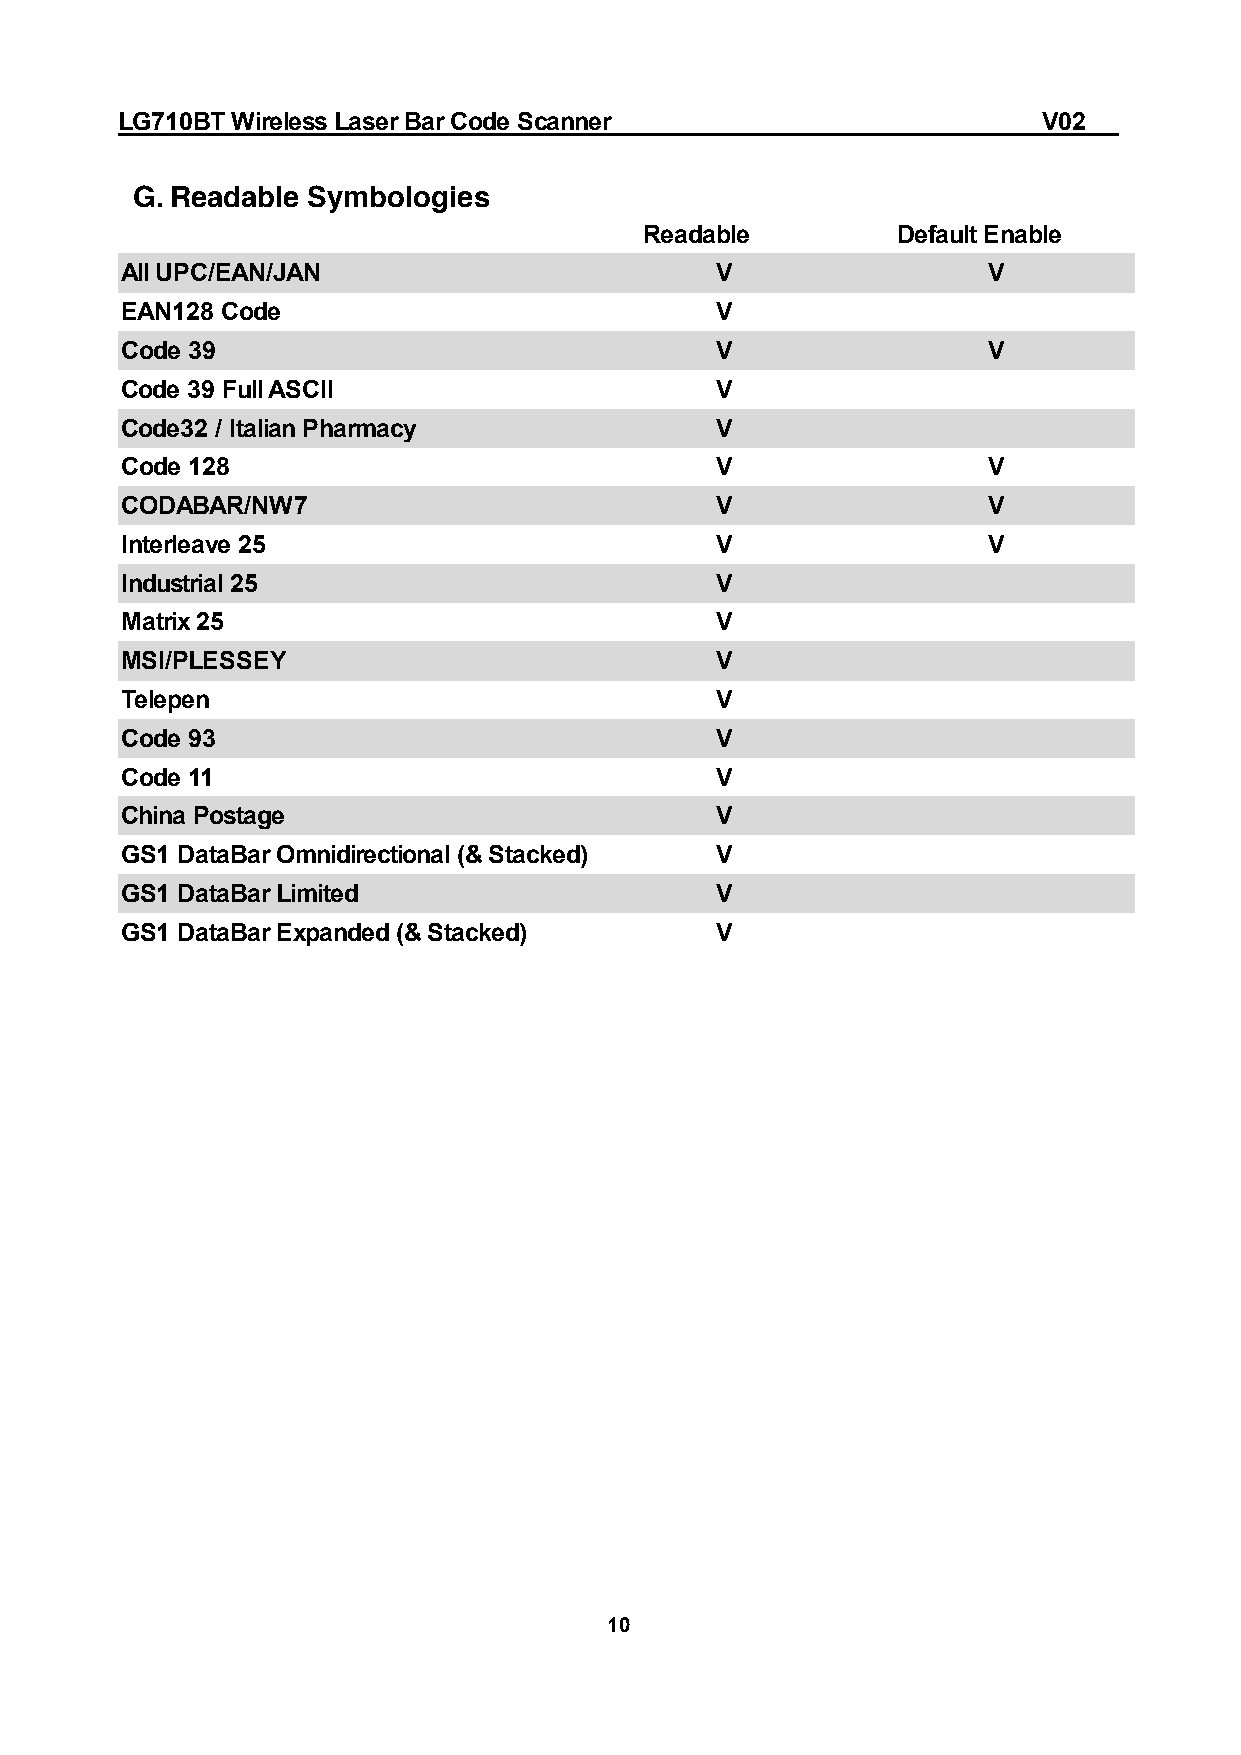
LG710BT Wireless Laser Bar Code Scanner                      V02
 G. Readable Symbologies
 Readable        Default Enable
 All UPC/EAN/JAN                        V                 V
 EAN128 Code                            V
 Code 39                                V                 V
 Code 39 Full ASCII                     V
 Code32 / Italian Pharmacy              V
 Code 128                               V                 V
 CODABAR/NW7                            V                 V
 Interleave 25                          V                 V
 Industrial 25                          V
 Matrix 25                              V
 MSI/PLESSEY                            V
 Telepen                                V
 Code 93                                V
 Code 11                                V
 China Postage                          V
 GS1 DataBar Omnidirectional (& Stacked) V
 GS1 DataBar Limited                    V
 GS1 DataBar Expanded (& Stacked)       V
 10